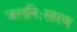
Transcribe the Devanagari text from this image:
जलनिःसारण